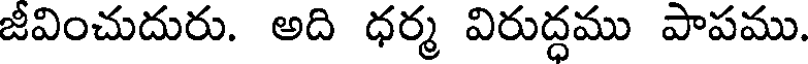
జీవించుదురు. అది ధర్మ విరుద్ధము పాపము.